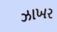
ઝાખર